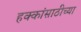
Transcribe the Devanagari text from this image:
हक्कांसाठीच्या